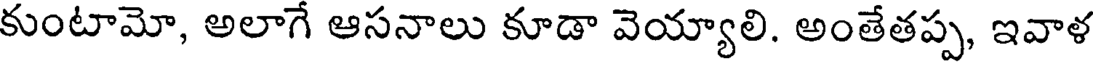
కుంటామో, అలాగే ఆసనాలు కూడా వెయ్యాలి. అంతేతప్ప, ఇవాళ